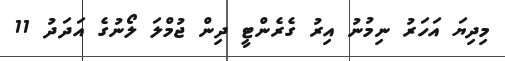
މިދިޔަ އަހަރު ނިމުނު އިރު ގެރެންޓީ ދިން ޖުމްލަ ލޯނުގެ އަދަދު 11